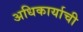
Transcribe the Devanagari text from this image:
अधिकार्याची